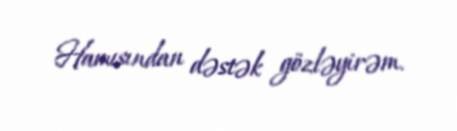
Hamısından dəstək gözləyirəm.